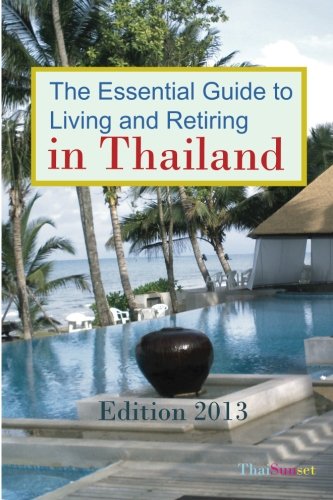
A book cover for The Essential Guide to Living and Retiring in Thailand: Edition 2013; Michael Schemmann; Travel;